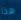
هذا